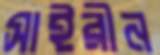
সাইরীন